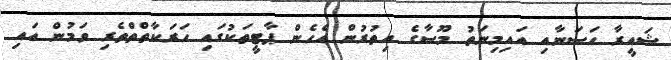
ޝައީރާ ހަސަނާއި އައިމިނަތު މޫސާގެ އިތުރުން އެހެން ޕާޓީތަކުގައި ހަރަކާތްތްތެރި ވަމުން އައި